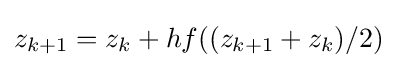
z_{k+1}=z_{k}+hf((z_{k+1}+z_{k})/2)